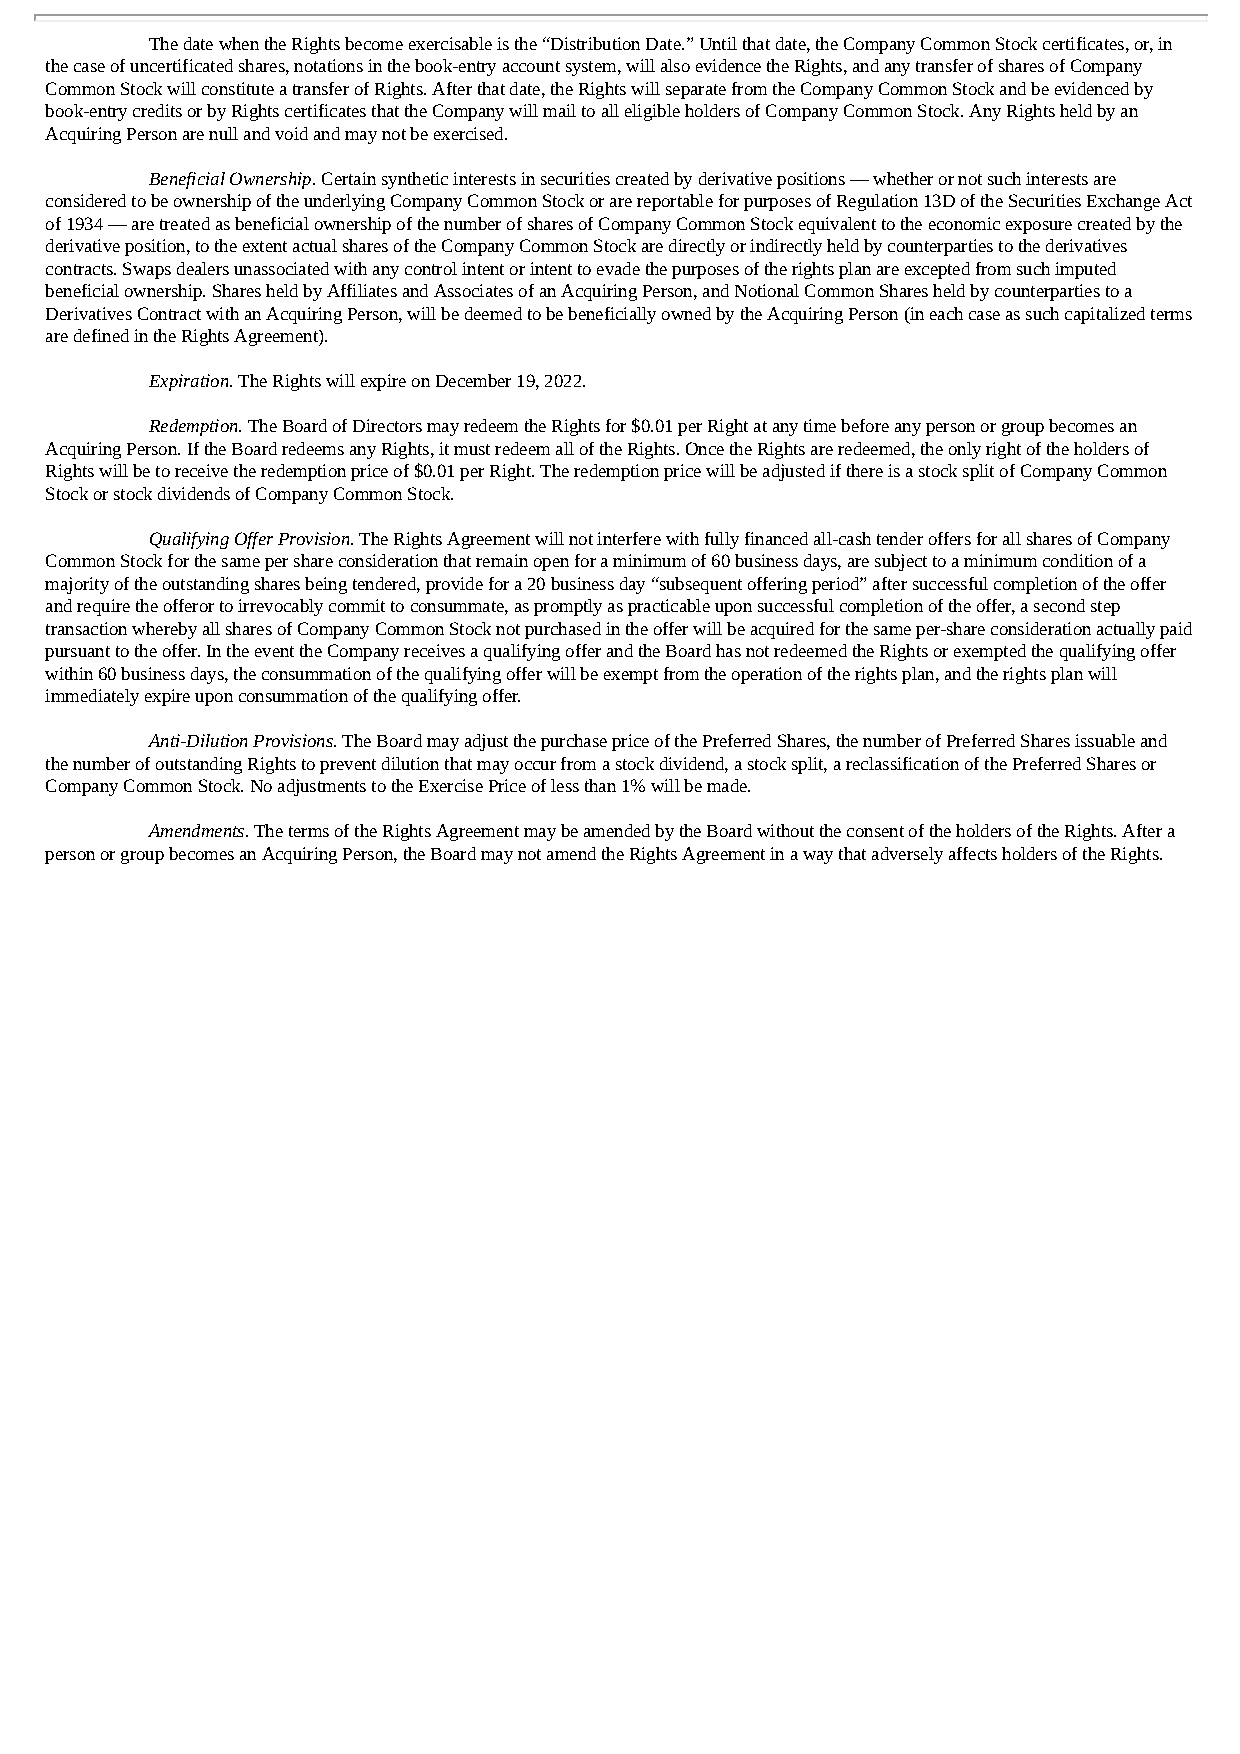
The date when the Rights become exercisable is the “Distribution Date.” Until that date, the Company Common Stock certificates, or, in
 the case of uncertificated shares, notations in the book-entry account system, will also evidence the Rights, and any transfer of shares of Company
 Common Stock will constitute a transfer of Rights. After that date, the Rights will separate from the Company Common Stock and be evidenced by
 book-entry credits or by Rights certificates that the Company will mail to all eligible holders of Company Common Stock. Any Rights held by an
 Acquiring Person are null and void and may not be exercised.
 Beneficial Ownership. Certain synthetic interests in securities created by derivative positions — whether or not such interests are
 considered to be ownership of the underlying Company Common Stock or are reportable for purposes of Regulation 13D of the Securities Exchange Act
 of 1934 — are treated as beneficial ownership of the number of shares of Company Common Stock equivalent to the economic exposure created by the
 derivative position, to the extent actual shares of the Company Common Stock are directly or indirectly held by counterparties to the derivatives
 contracts. Swaps dealers unassociated with any control intent or intent to evade the purposes of the rights plan are excepted from such imputed
 beneficial ownership. Shares held by Affiliates and Associates of an Acquiring Person, and Notional Common Shares held by counterparties to a
 Derivatives Contract with an Acquiring Person, will be deemed to be beneficially owned by the Acquiring Person (in each case as such capitalized terms
 are defined in the Rights Agreement).
 Expiration. The Rights will expire on December 19, 2022.
 Redemption. The Board of Directors may redeem the Rights for $0.01 per Right at any time before any person or group becomes an
 Acquiring Person. If the Board redeems any Rights, it must redeem all of the Rights. Once the Rights are redeemed, the only right of the holders of
 Rights will be to receive the redemption price of $0.01 per Right. The redemption price will be adjusted if there is a stock split of Company Common
 Stock or stock dividends of Company Common Stock.
 Qualifying Offer Provision. The Rights Agreement will not interfere with fully financed all-cash tender offers for all shares of Company
 Common Stock for the same per share consideration that remain open for a minimum of 60 business days, are subject to a minimum condition of a
 majority of the outstanding shares being tendered, provide for a 20 business day “subsequent offering period” after successful completion of the offer
 and require the offeror to irrevocably commit to consummate, as promptly as practicable upon successful completion of the offer, a second step
 transaction whereby all shares of Company Common Stock not purchased in the offer will be acquired for the same per-share consideration actually paid
 pursuant to the offer. In the event the Company receives a qualifying offer and the Board has not redeemed the Rights or exempted the qualifying offer
 within 60 business days, the consummation of the qualifying offer will be exempt from the operation of the rights plan, and the rights plan will
 immediately expire upon consummation of the qualifying offer.
 Anti-Dilution Provisions. The Board may adjust the purchase price of the Preferred Shares, the number of Preferred Shares issuable and
 the number of outstanding Rights to prevent dilution that may occur from a stock dividend, a stock split, a reclassification of the Preferred Shares or
 Company Common Stock. No adjustments to the Exercise Price of less than 1% will be made.
 Amendments. The terms of the Rights Agreement may be amended by the Board without the consent of the holders of the Rights. After a
 person or group becomes an Acquiring Person, the Board may not amend the Rights Agreement in a way that adversely affects holders of the Rights.